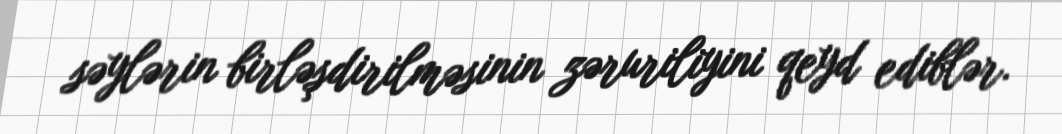
səylərin birləşdirilməsinin zəruriliyini qeyd ediblər.